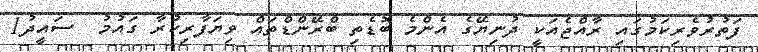
ފަތުރުވެރިކަމުގައި ރާއްޖެއަކީ ދުނިޔޭގެ އެންމެ ބޮޑެތި ބްރޭންޑްތައް ވިޔަފާރިކުރާ ގައުމު  ސައީދު1